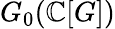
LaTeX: G_{0}(\mathbb{C}[G])